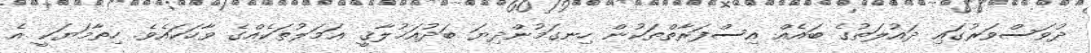
ދުވަސްވަރުގައި ދައުލަތުގެ ބައެއް އިސްފަރާތްތަކުން ހިނގަމުންދިޔަ ބަދުއަޚުލާޤީ ޢަމަލުތަކެއްގެ ވާހަކައެވެ. ހިތާމަޔަކީ އެ